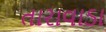
તારાવાડા